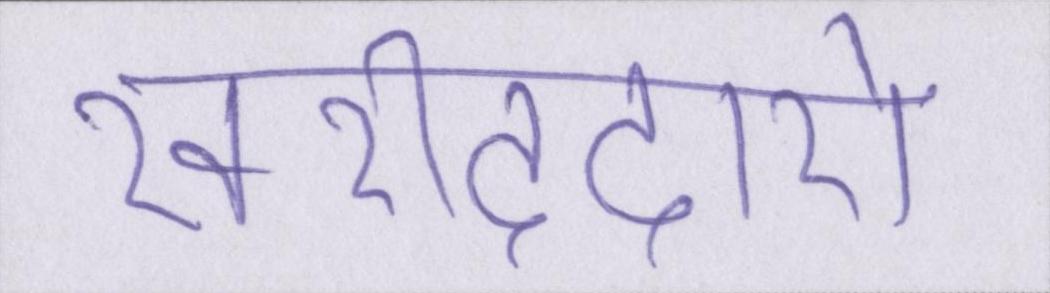
खरीददारों